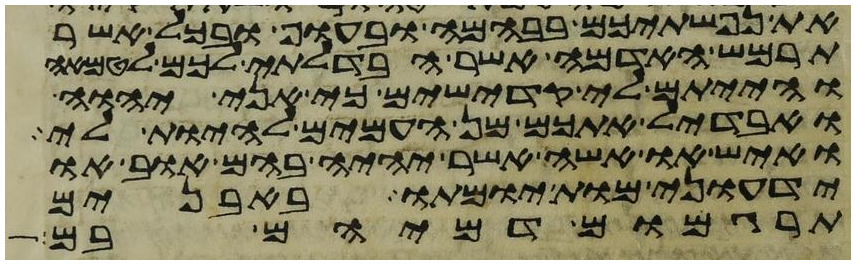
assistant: את נפשתיכם בבהמה ובעוף ובכל אשר
תרמש האדמה אשר הבדלתי לכם לטמאה
והייתם לי קדישים כי אני יהוה
ואבדיל אתכם מן העמים להיות לי
ואיש או אשה אשר יהיה בהם אוב או
ידעוני מות יומתו באבנים
תרגמום דמיהם בם